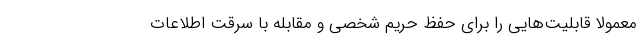
معمولاً قابلیت‌هایی را برای حفظ حریم شخصی و مقابله با سرقت اطلاعات